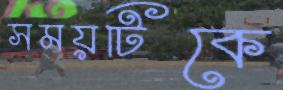
সময়টিকে